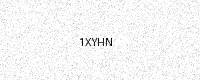
Text: 1XYHN